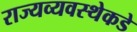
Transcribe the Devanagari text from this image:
राज्यव्यवस्थेकडे